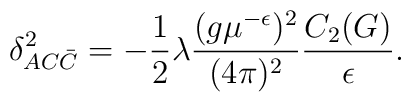
\delta_{AC\bar{C}}^2 =-\frac12\lambda    \frac{(g\mu^{-\epsilon})^2}{(4\pi)^2} \frac{C_2(G)}{\epsilon} .